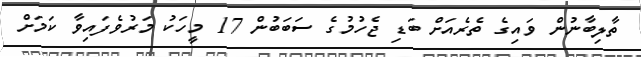
ތާލިބާނުން ވައިގެ ތެރެއަށް ބަޑި ޖެހުމުގެ ސަބަބުން 17 މީހަކު މަރުވެފައިވާ ކަމަށް